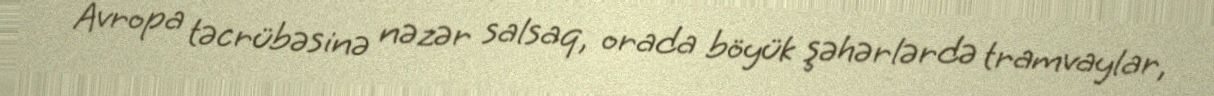
Avropa təcrübəsinə nəzər salsaq, orada böyük şəhərlərdə tramvaylar,